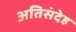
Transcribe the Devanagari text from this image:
अतिसंदेह